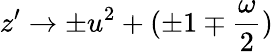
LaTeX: z^{\prime}\to\pm u^{2}+(\pm 1\mp\frac{\omega}{2})